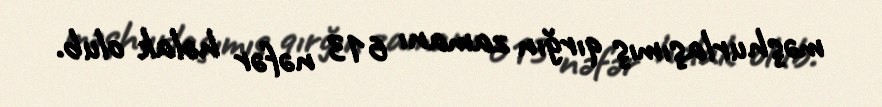
məşhurlaşımış qırğın zamanı 613 nəfər həlak olub.